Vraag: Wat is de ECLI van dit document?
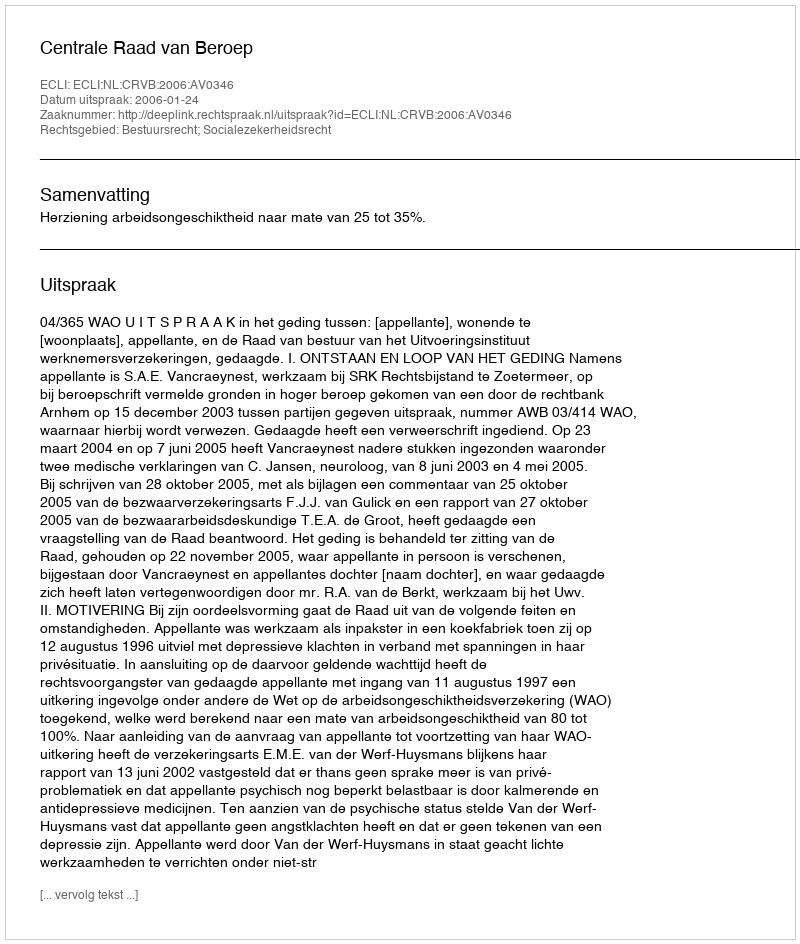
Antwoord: ECLI:NL:CRVB:2006:AV0346